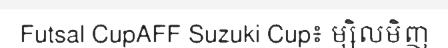
Futsal CupAFF Suzuki Cup៖ ម្សិលមិញ